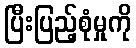
ပြီးပြည့်စုံမှုကို